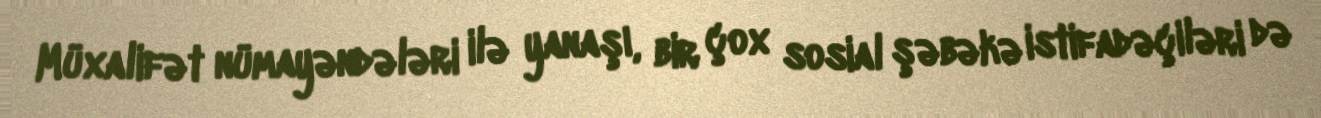
Müxalifət nümayəndələri ilə yanaşı, bir çox sosial şəbəkə istifadəçiləri də